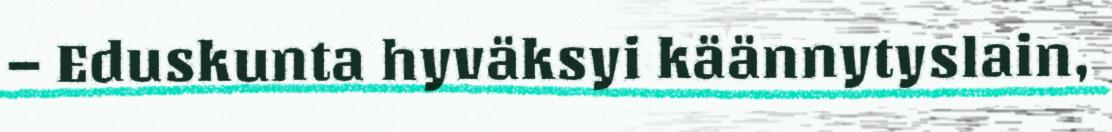
– Eduskunta hyväksyi käännytyslain,